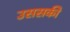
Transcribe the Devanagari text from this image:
उससकी